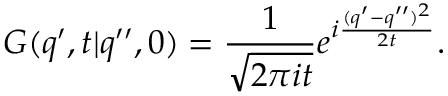
G ( q ^ { \prime } , t | q ^ { \prime \prime } , 0 ) = { \frac { 1 } { \sqrt { 2 \pi i t } } } e ^ { i { \frac { ( q ^ { \prime } - q ^ { \prime \prime } ) ^ { 2 } } { 2 t } } } .